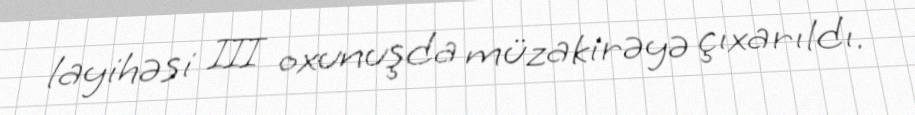
layihəsi III oxunuşda müzakirəyə çıxarıldı.